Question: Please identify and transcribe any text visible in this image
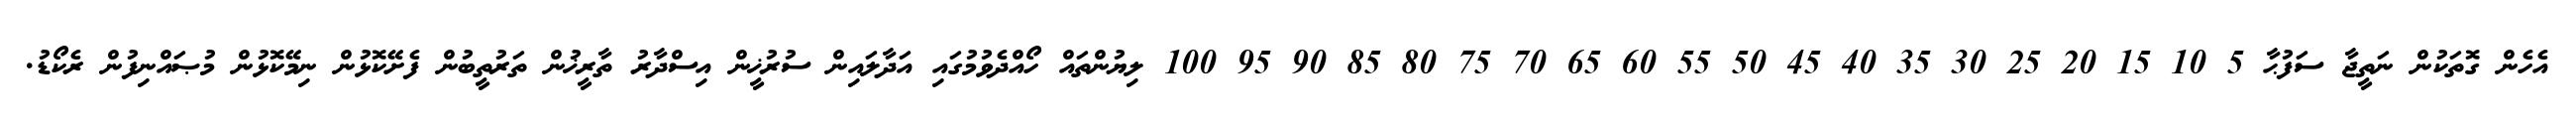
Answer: އެހެން ގޮތަކުން ނަތީޖާ ސަފުޙާ 5 10 15 20 25 30 35 40 45 50 55 60 65 70 75 80 85 90 95 100 ލިޔުންތައް ހޯއްދެވުމުގައި އަދާލައިން ސުރުޚީން އިސްދާރު ތާރީޚުން ތަރުތީބުން ފެށޭކޮޅުން ނިމޭކޮޅުން މުޞައްނިފުން ރެކޯޑު.